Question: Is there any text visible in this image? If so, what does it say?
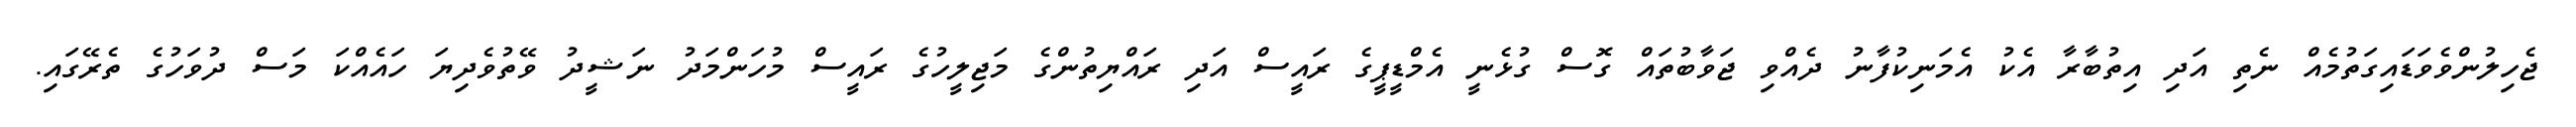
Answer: ޖެހިލުންވެވަޑައިގަތުމެއް ނެތި އަދި އިތުބާރާ އެކު އެމަނިކުފާނު ދެއްވި ޖަވާބުތައް ގޮސް ގުޅެނީ އެމްޑީޕީގެ ރައީސް އަދި ރައްޔިތުންގެ މަޖިލީހުގެ ރައީސް މުހަންމަދު ނަޝީދު ވޭތުވެދިޔަ ހައެއްކަ މަސް ދުވަހުގެ ތެރޭގައި.